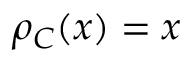
\rho _ { C } ( x ) = x